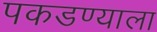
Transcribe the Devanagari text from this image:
पकडण्याला